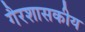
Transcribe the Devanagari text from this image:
गैरशासकीय